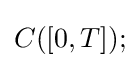
C([0,T]);